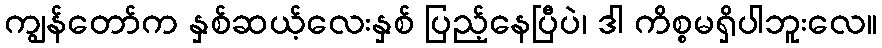
ကျွန်တော်က နှစ်ဆယ့်လေးနှစ် ပြည့်နေပြီပဲ၊ ဒါ ကိစ္စမရှိပါဘူးလေ။